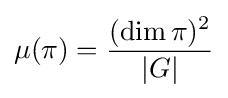
\mu (\pi )={\frac {(\mathrm {dim} \,\pi )^{2}}{|G|}}